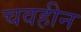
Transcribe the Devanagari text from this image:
चवहीन